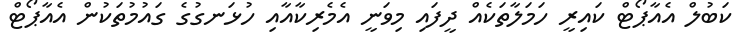
ކަބުލް އެއާޕޯޓް ކައިރީ ހަމަލާތަކެއް ދީފައި މިވަނީ އެމެރިކާއާއި ހުޅަނގުގެ ގައުމުތަކުން އެއާޕޯޓް